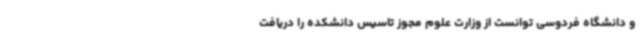
و دانشگاه فردوسی توانست از وزارت علوم مجوز تاسیس دانشکده را دریافت